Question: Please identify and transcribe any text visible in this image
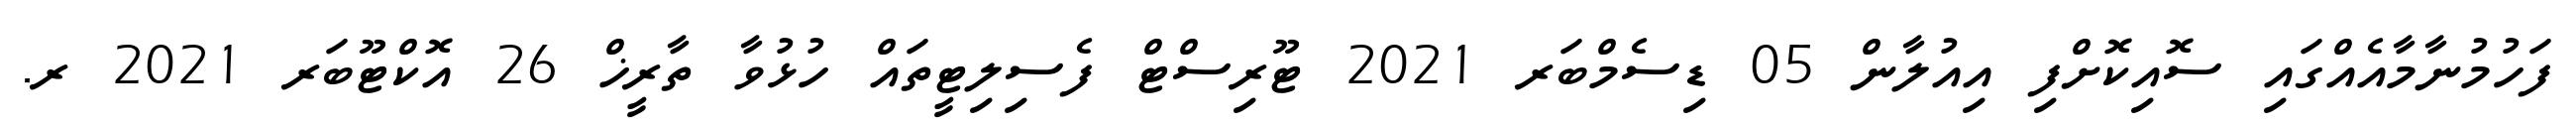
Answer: ފަހުމުނާމާއެއްގައި ސޮއިކޮށްފި އިއުލާން 05 ޑިސެމްބަރ 2021 ޓޫރިސްޓް ފެސިލިޓީތައް ހުޅުވާ ތާރީޚް 26 އޮކްޓޫބަރ 2021 ރ.